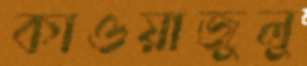
কাওয়াজুলু